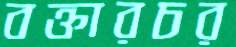
বক্তারচর